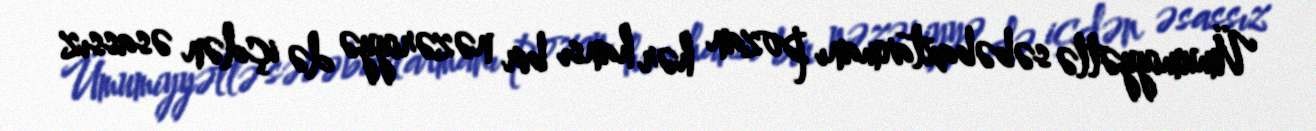
Ümumiyyətlə səbəbaxtarmanı pozan hər hansı bir nəzəriyyə də içdən əsassız